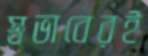
স্বভাবেরই